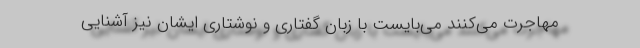
مهاجرت می‌کنند می‌بایست با زبان گفتاری و نوشتاری ایشان نیز آشنایی